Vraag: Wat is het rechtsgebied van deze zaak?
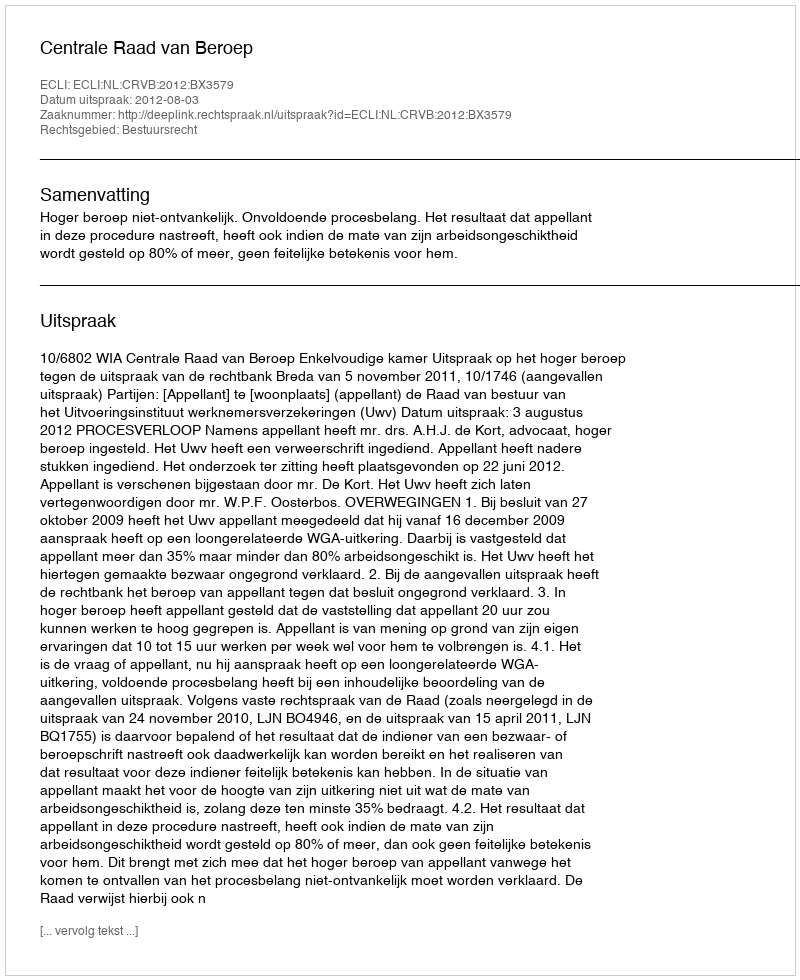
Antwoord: Bestuursrecht